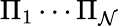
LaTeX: \Pi_{1}\cdots\Pi_{\mathcal{N}}